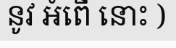
នូវ អំពើ នោះ )